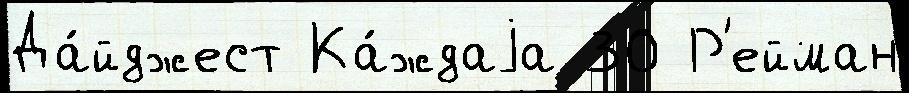
Да́йджест Ка́ждаjа 30 Р'ейман